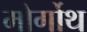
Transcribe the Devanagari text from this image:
मोर्गोथ